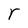
Character: r